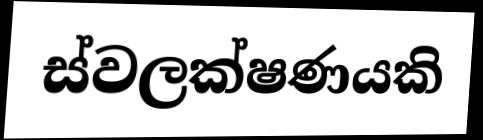
ස්වලක්ෂණයකි